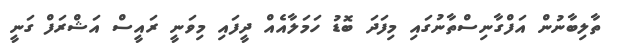
ތާލިބާނުން އަފްގާނިސްތާނުގައި މިފަދަ ބޮޑު ހަމަލާއެއް ދީފައި މިވަނީ ރައީސް އަޝްރަފް ގަނީ